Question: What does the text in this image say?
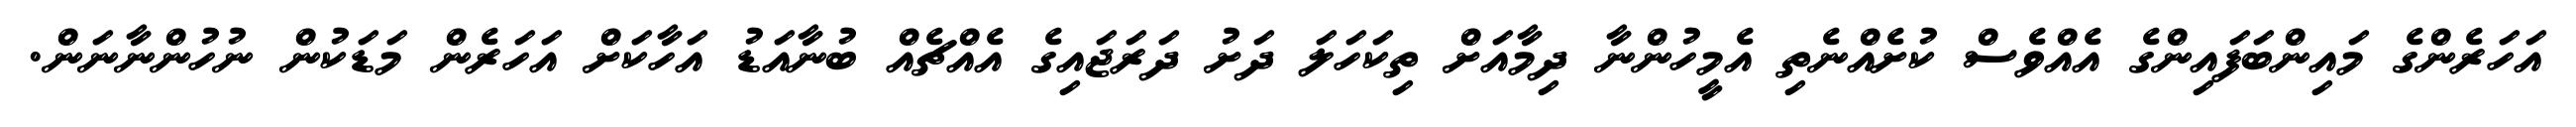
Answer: އަހަރެންގެ މައިންބަފައިންގެ އެއްވެސް ކުށެއްނެތި އެމީހުންނާ ދިމާއަށް ތިކަހަލަ ދަށު ދަރަޖައިގެ އެއްޗެއް ބުނާއަޑު އަހާކަށް އަހަރެން މަޑަކުން ނުހުންނާނަން.